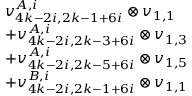
\begin{array} { r l } & { v _ { 4 k - 2 i , 2 k - 1 + 6 i } ^ { A , i } \otimes v _ { 1 , 1 } } \\ & { + v _ { 4 k - 2 i , 2 k - 3 + 6 i } ^ { A , i } \otimes v _ { 1 , 3 } } \\ & { + v _ { 4 k - 2 i , 2 k - 5 + 6 i } ^ { A , i } \otimes v _ { 1 , 5 } } \\ & { + v _ { 4 k - 2 i , 2 k - 1 + 6 i } ^ { B , i } \otimes v _ { 1 , 1 } } \end{array}